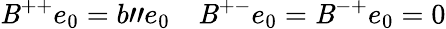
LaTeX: \mathit{B}^{++}e_{0}=b"e_{0}\quad\mathit{B}^{+-}e_{0}=\mathit{B}^{-+}e_{0}=0